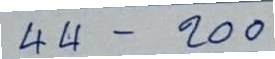
44 - 200